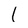
Character: 1